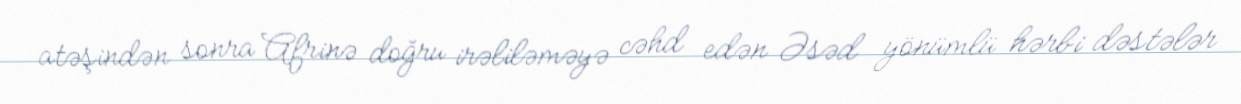
atəşindən sonra Afrinə doğru irəliləməyə cəhd edən Əsəd yönümlü hərbi dəstələr